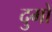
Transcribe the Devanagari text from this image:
दुमों